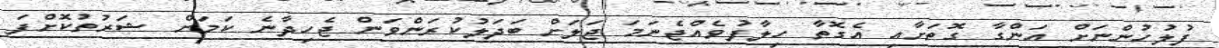
ފުލުހުންނަށް އަންގާ ގޮތަށާއި އެގޮތާ ހިލާފުވެއްޖެނަމަ ޖަލަށް ބަދަލުކުރަންވަން ޖެހިދާނެ ކަމަށް ޝަރުތުކޮށްފަ